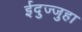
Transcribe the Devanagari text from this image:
ईदुज्जुहा